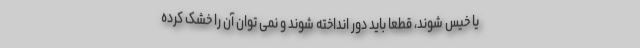
یا خیس شوند، قطعا باید دور انداخته شوند و نمی توان آن را خشک کرده